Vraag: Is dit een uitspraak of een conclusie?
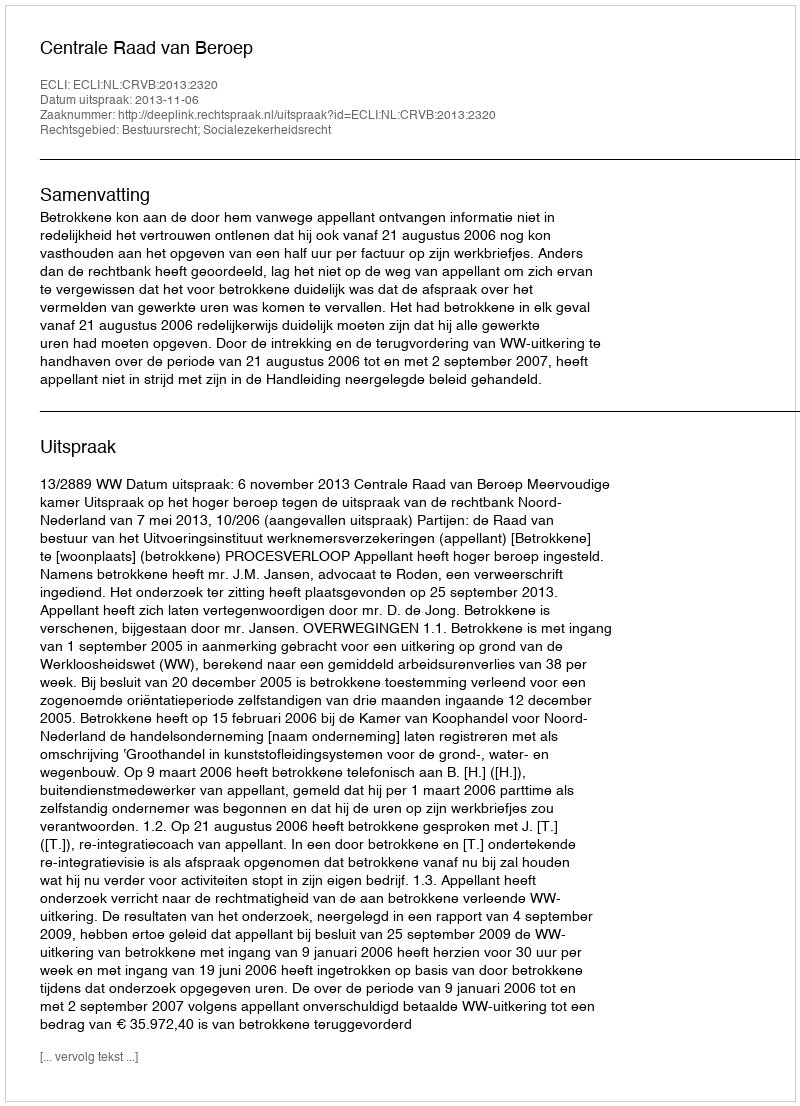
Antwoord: Uitspraak